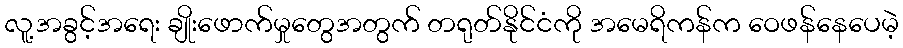
လူ့အခွင့်အရေး ချိုးဖောက်မှုတွေအတွက် တရုတ်နိုင်ငံကို အမေရိကန်က ဝေဖန်နေပေမဲ့